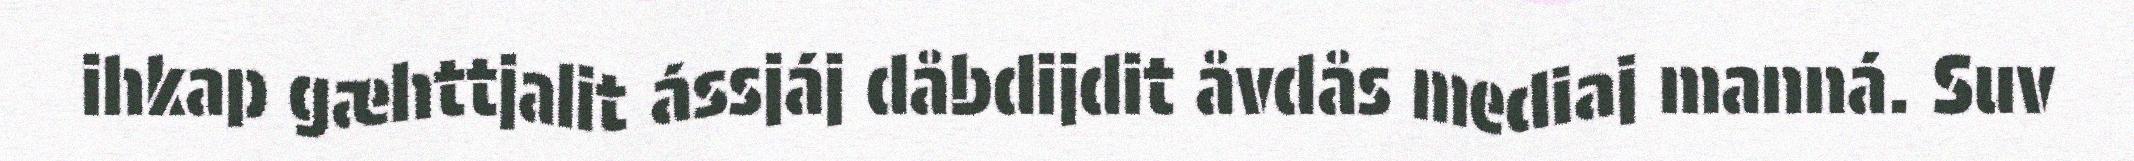
ihkap gæhttjalit ássjáj dåbdijdit åvdås mediaj manná. Suv